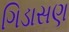
ગિડાસણ